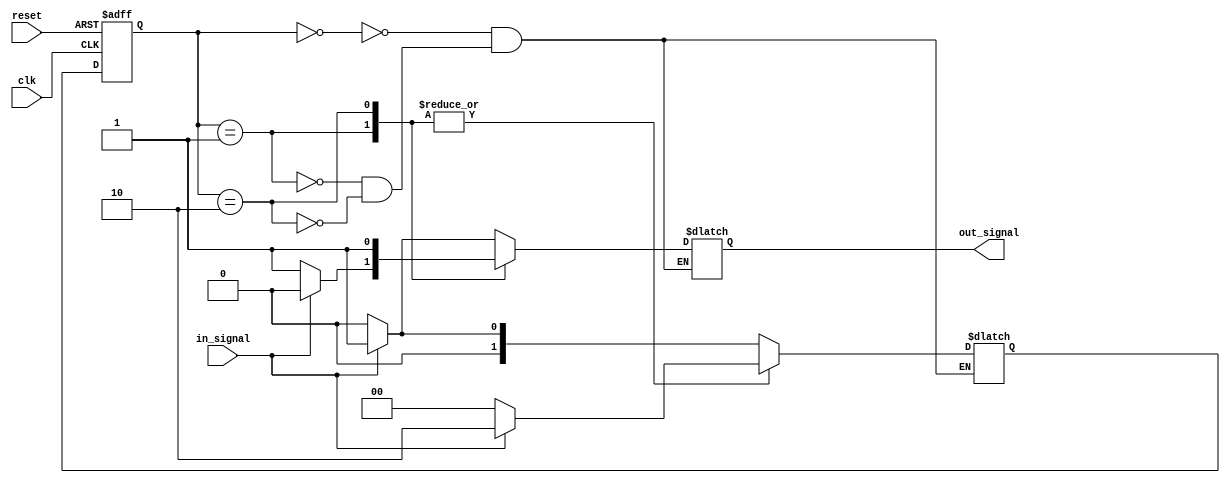
module mealy_state_machine (
    input wire clk,
    input wire reset,
    input wire in_signal,
    output reg out_signal
);

// Define states
parameter STATE_A = 2'b00;
parameter STATE_B = 2'b01;
parameter STATE_C = 2'b10;

// Define state register
reg [1:0] state_reg, next_state;

// State transition logic
always @ (posedge clk or posedge reset) begin
    if (reset) begin
        state_reg <= STATE_A;
    end else begin
        state_reg <= next_state;
    end
end

// Output logic
always @ (*) begin
    case (state_reg)
        STATE_A: begin
            next_state = in_signal ? STATE_B : STATE_A;
            out_signal = in_signal ? 1'b1 : 1'b0;
        end
        STATE_B: begin
            next_state = in_signal ? STATE_C : STATE_A;
            out_signal = in_signal ? 1'b0 : 1'b1;
        end
        STATE_C: begin
            next_state = in_signal ? STATE_C : STATE_A;
            out_signal = in_signal ? 1'b1 : 1'b1;
        end
    endcase
end

endmodule